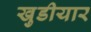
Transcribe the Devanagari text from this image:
खुडीयार